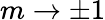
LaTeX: m\to\pm 1